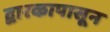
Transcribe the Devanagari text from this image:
द्वारकापासून